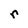
Character: r